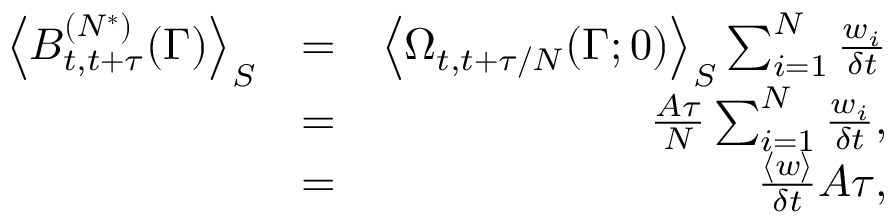
\begin{array} { r l r } { \left< B _ { t , t + \tau } ^ { ( N ^ { * } ) } ( \Gamma ) \right> _ { S } } & { = } & { \left< \Omega _ { t , t + \tau / N } ( \Gamma ; 0 ) \right> _ { S } \sum _ { i = 1 } ^ { N } \frac { w _ { i } } { \delta t } } \\ & { = } & { \frac { A \tau } { N } \sum _ { i = 1 } ^ { N } \frac { w _ { i } } { \delta t } , } \\ & { = } & { \frac { \left< w \right> } { \delta t } A \tau , } \end{array}